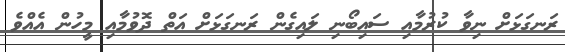
ރަނގަޅަށް ނިވާ ކުރުމާއި ސައިބޯނި ލައިގެން ރަނގަޅަށް އަތް ދޮވުމާއި މީހުން އެއްވެ